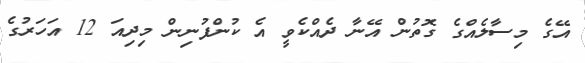
އޭގެ މިސާލެއްގެ ގޮތުން އޭނާ ދެއްކެވީ އެ ކުންފުނިން މިދިއަ 12 އަހަރުގެ